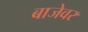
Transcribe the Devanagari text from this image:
बाजेवर